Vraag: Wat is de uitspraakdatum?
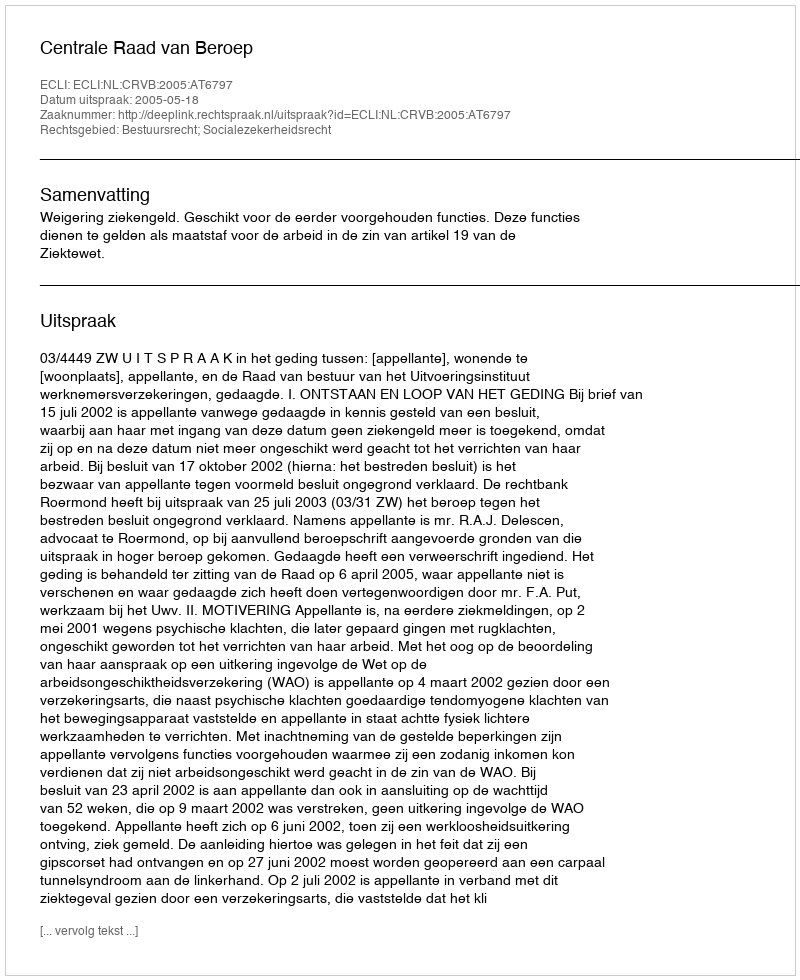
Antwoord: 2005-05-18